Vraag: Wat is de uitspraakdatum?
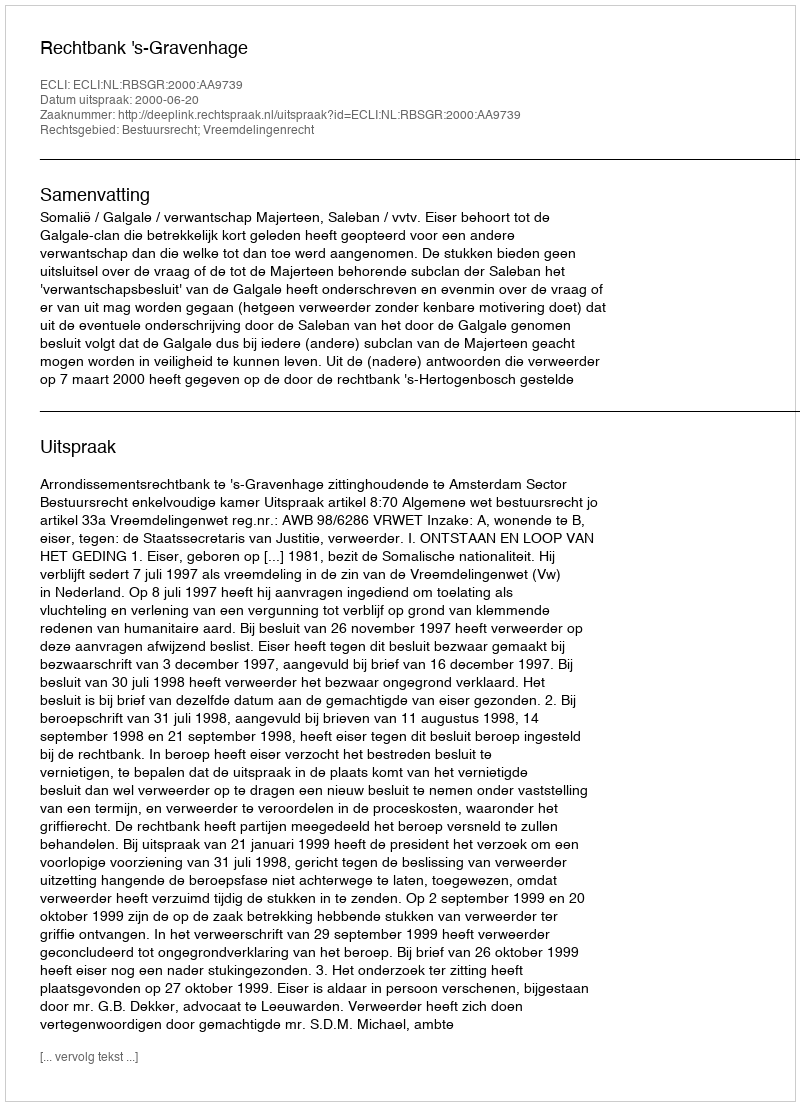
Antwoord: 2000-06-20